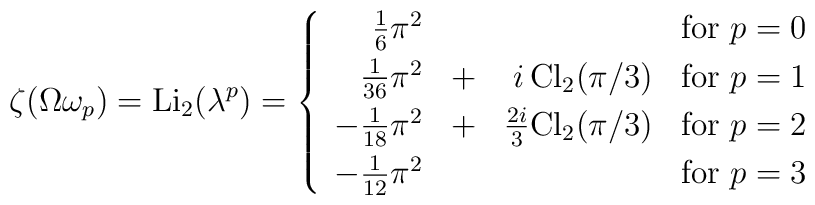
\zeta(\Omega\omega_p)={\rm Li}_2(\lambda^p)=\left\{\begin{array}{rrrr}    \frac16\pi^2&&&\mbox{for }p=0\\[3pt] \frac1{36}\pi^2&+&i\,{\rm Cl}_2(\pi/3)&\mbox{for }p=1\\[3pt]-\frac1{18}\pi^2&+&\frac{2i}{3}{\rm Cl}_2(\pi/3)&\mbox{for }p=2\\[3pt]-\frac1{12}\pi^2&&&\mbox{for }p=3\end{array}\right.